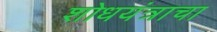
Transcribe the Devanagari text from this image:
शोधयंत्राचा